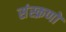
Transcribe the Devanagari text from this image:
संस्क्रणों